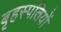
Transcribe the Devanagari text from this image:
बृहस्पतियों